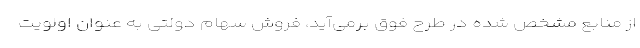
از منابع مشخص شده در طرح فوق برمی‌آید، فروش سهام دولتی به عنوان اولویت